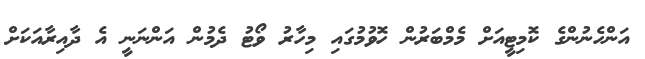
އަންހެނުންގެ ކޮމިޓީއަށް މެމްބަރުން ހޮވުމުގައި މިހާރު ވޯޓު ދެމުން އަންނަނީ އެ ދާއިރާއަކަށް